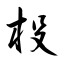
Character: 杸